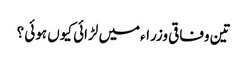
تین وفاقی وزراءمیں لڑائی کیوں ہوئی ؟